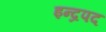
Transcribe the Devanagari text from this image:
इन्द्रपद